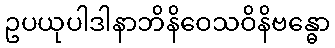
ဥပယုပါဒါနာဘိနိဝေသဝိနိဗန္ဓော